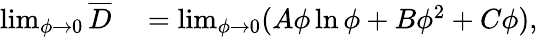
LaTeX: \begin{array}{rl}{\operatorname*{lim}_{\phi\to 0}\overline{{D}}}&{{}=\operatorname*{lim}_{\phi\to 0}(A\phi\ln\phi+B\phi^{2}+C\phi),}\end{array}